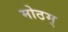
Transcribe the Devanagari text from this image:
मोठम्‌